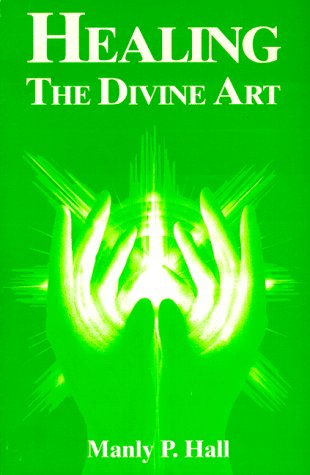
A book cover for Healing: The Divine Art; Manly P. Hall; Self-Help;